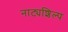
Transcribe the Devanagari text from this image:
नाट्यशिल्प